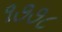
૧૭૭૮